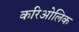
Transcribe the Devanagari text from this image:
करिओलिक